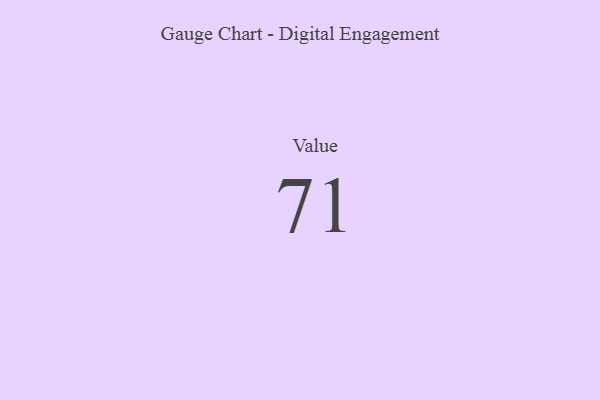
{"axis": {"x": "Metric", "y": "Value"}, "legend": [""], "data": [{"x": "Value", "y": 71, "type": ""}]}